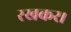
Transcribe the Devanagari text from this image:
रखकर।